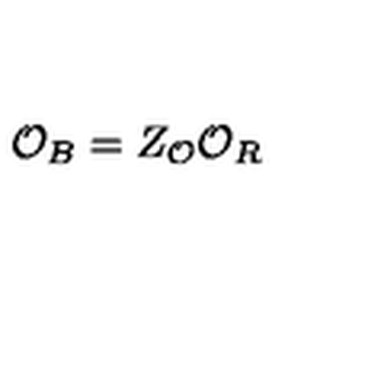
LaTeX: \mathcal { O } _ { B } = Z _ { \mathcal { O } } \mathcal { O } _ { R }